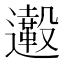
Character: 𨙀